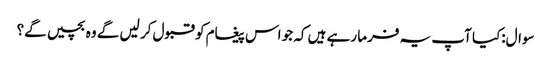
سوال:کیا آپ یہ فرما رہے ہیں کہ جو اس پیغام کو قبول کر لیں گے وہ بچیں گے؟